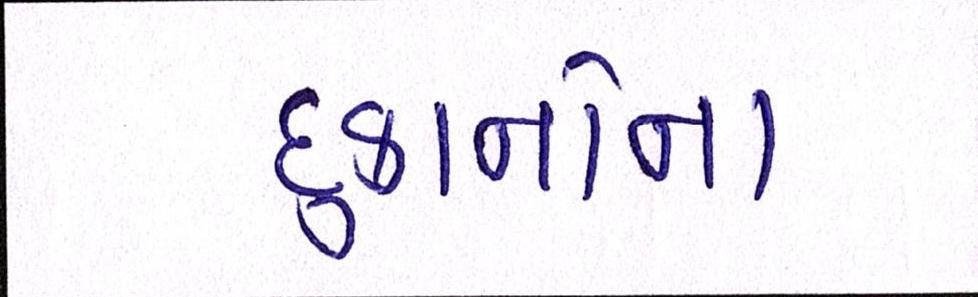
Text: દુકાનોના